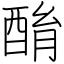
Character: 酳